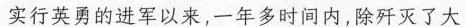
实行英勇的进军以来，一年多时间内，除歼灭了大